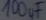
Text: 100µF